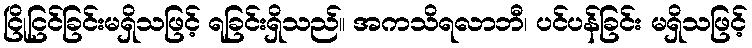
ငြိုငြင်ခြင်းမရှိသဖြင့် ရခြင်းရှိသည်။ အကသိရလာဘီ၊ ပင်ပန်ခြင်း မရှိသဖြင့်